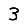
Digit: 3